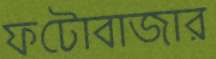
ফটোবাজার